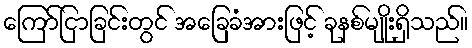
ကြော်ငြာခြင်းတွင် အခြေခံအားဖြင့် ခုနစ်မျိုးရှိသည်။